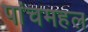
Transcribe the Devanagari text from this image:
पांचमहल